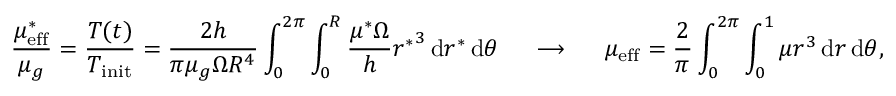
\frac { \mu _ { \mathrm { e f f } } ^ { * } } { \mu _ { g } } = \frac { T ( t ) } { T _ { \mathrm { i n i t } } } = \frac { 2 h } { \pi \mu _ { g } \Omega R ^ { 4 } } \int _ { 0 } ^ { 2 \pi } \int _ { 0 } ^ { R } \frac { \mu ^ { * } \Omega } { h } { r ^ { * } } ^ { 3 } \, \mathrm { d } r ^ { * } \, \mathrm { d } \theta ~ ~ ~ ~ \longrightarrow ~ ~ ~ ~ \mu _ { \mathrm { e f f } } = \frac { 2 } { \pi } \int _ { 0 } ^ { 2 \pi } \int _ { 0 } ^ { 1 } \mu { r } ^ { 3 } \, \mathrm { d } r \, \mathrm { d } \theta ,